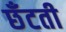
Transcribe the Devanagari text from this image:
छँटती